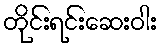
တိုင်းရင်းဆေးဝါး